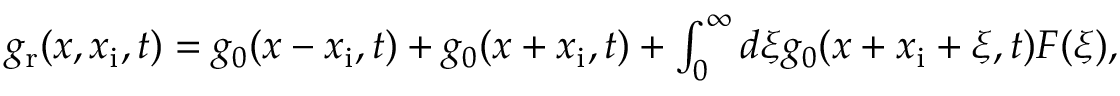
\begin{array} { r } { g _ { \mathrm { r } } ( x , x _ { \mathrm { i } } , t ) = g _ { 0 } ( x - x _ { \mathrm { i } } , t ) + g _ { 0 } ( x + x _ { \mathrm { i } } , t ) + \int _ { 0 } ^ { \infty } d \xi g _ { 0 } ( x + x _ { \mathrm { i } } + \xi , t ) F ( \xi ) , } \end{array}